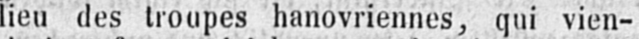
lieu des troupes hanovriennes, qui vien-